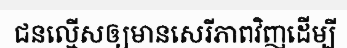
ជនល្មើសឲ្យមានសេរីភាពវិញដើម្បី